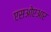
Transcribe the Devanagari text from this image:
एसओएआर